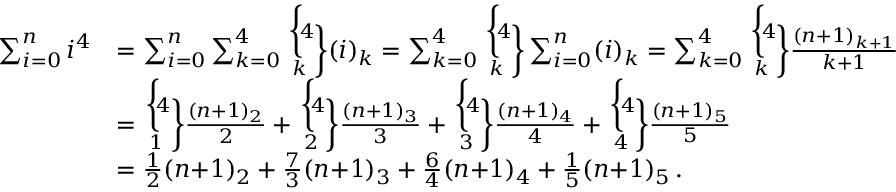
{ \begin{array} { r l } { \sum _ { i = 0 } ^ { n } i ^ { 4 } } & { = \sum _ { i = 0 } ^ { n } \sum _ { k = 0 } ^ { 4 } { \biggl \{ \! 4 \! \atop \! k \! } { \biggr \} } ( i ) _ { k } = \sum _ { k = 0 } ^ { 4 } { \biggl \{ \! 4 \! \atop \! k \! } { \biggr \} } \sum _ { i = 0 } ^ { n } ( i ) _ { k } = \sum _ { k = 0 } ^ { 4 } { \biggl \{ \! 4 \! \atop \! k \! } { \biggr \} } { \frac { ( n { + } 1 ) _ { k + 1 } } { k { + } 1 } } } \\ & { = { \biggl \{ \! 4 \! \atop \! 1 \! } { \biggr \} } { \frac { ( n { + } 1 ) _ { 2 } } { 2 } } + { \biggl \{ \! 4 \! \atop \! 2 \! } { \biggr \} } { \frac { ( n { + } 1 ) _ { 3 } } { 3 } } + { \biggl \{ \! 4 \! \atop \! 3 \! } { \biggr \} } { \frac { ( n { + } 1 ) _ { 4 } } { 4 } } + { \biggl \{ \! 4 \! \atop \! 4 \! } { \biggr \} } { \frac { ( n { + } 1 ) _ { 5 } } { 5 } } } \\ & { = { \frac { 1 } { 2 } } ( n { + } 1 ) _ { 2 } + { \frac { 7 } { 3 } } ( n { + } 1 ) _ { 3 } + { \frac { 6 } { 4 } } ( n { + } 1 ) _ { 4 } + { \frac { 1 } { 5 } } ( n { + } 1 ) _ { 5 } \, . } \end{array} }